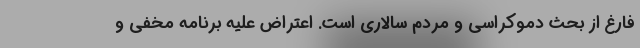
فارغ از بحث دموکراسی و مردم سالاری است. اعتراض علیه برنامه مخفی و